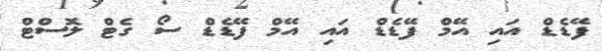
ފޭޑެޑް އައި އޭމް ފޭޑެޑް އައި އޭމް ފޭޑެޑް ސޯ ގެޓް ލޮސްޓް